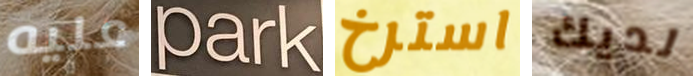
عليه Park استرخ لديك